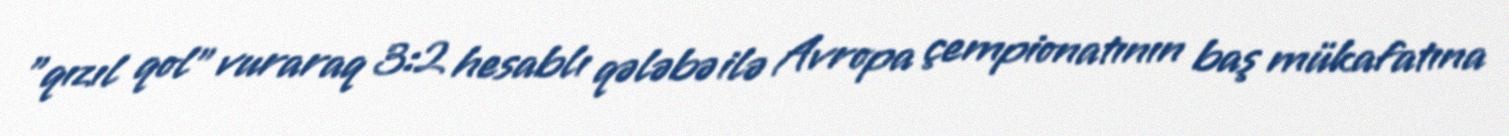
"qızıl qol" vuraraq 3:2 hesablı qələbə ilə Avropa çempionatının baş mükafatına